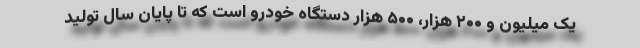
یک میلیون و ۲۰۰ هزار، ۵۰۰ هزار دستگاه خودرو است که تا پایان سال تولید